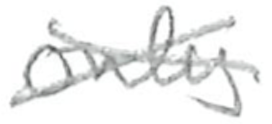
Text: only
Cross-out: cross
Writing tool: pencil